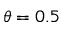
\theta = 0 . 5